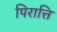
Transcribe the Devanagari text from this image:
पिरात्ति